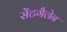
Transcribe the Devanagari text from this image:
सेंटगैलेन